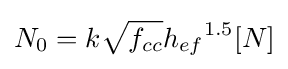
N_{0}=k{\sqrt {f_{cc}}}{h_{ef}}^{1.5}[N]